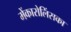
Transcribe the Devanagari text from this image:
मेंकारोलिंसका